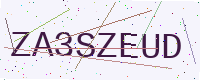
Text: ZA3SZEUD